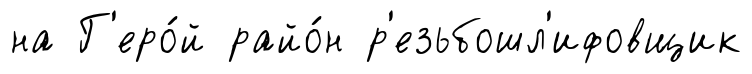
на Г'еро́й райо́н р'езьбошл'ифовщик